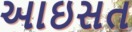
આઇસત